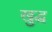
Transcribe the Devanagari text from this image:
खुद्ध